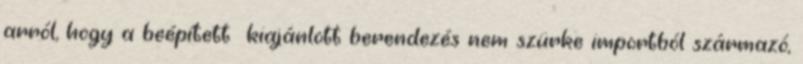
arról, hogy a beépített kiajánlott berendezés nem szürke importból származó,